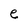
Character: e